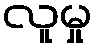
လူမှု